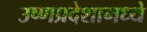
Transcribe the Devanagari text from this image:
उष्णप्रदेशामध्ये